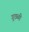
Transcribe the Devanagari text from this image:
गूठळी